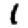
Digit: 1